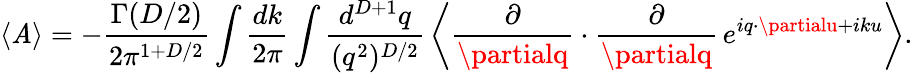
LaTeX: \langle{\cal\mathit{A}}\rangle=-\frac{{\Gamma(D/2)}}{{2\pi^{1+D/2}}}\int\frac{{dk}}{{2\pi}}\int\frac{{d^{D+1}q}}{{(q^{2})^{D/2}}}\, \left\langle\frac{{\partial}}{{\partialq}}\cdot\frac{{\partial}}{{\partialq}}\, e^{iq\cdot\partialu+iku}\right\rangle.